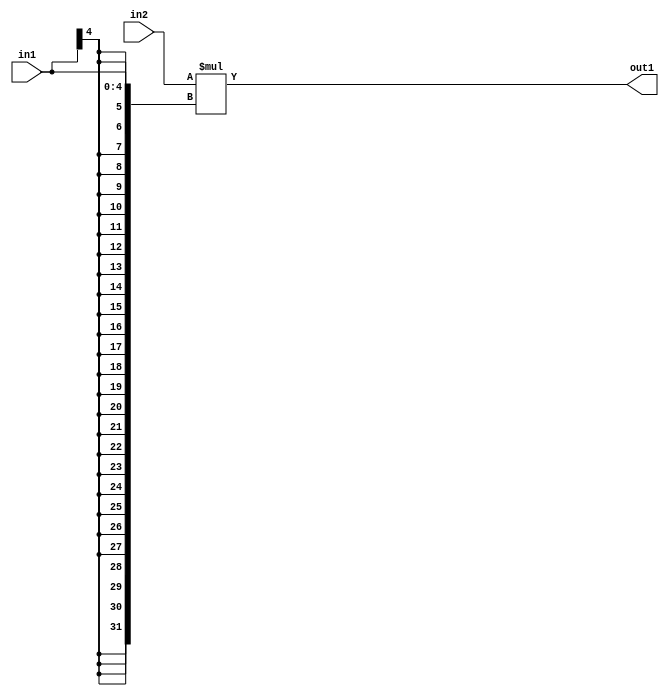
`timescale 1ps / 1ps
/*****************************************************************************
    Verilog RTL Description
    
    
    Created by: Stratus DpOpt 21.05.01 
*******************************************************************************/

module SobelFilter_Mul_32Sx5S_32S_1 (
	in2,
	in1,
	out1
	); /* architecture "behavioural" */ 
input [31:0] in2;
input [4:0] in1;
output [31:0] out1;
wire [31:0] asc001;

assign asc001 = 
	+(in2 * {{27{in1[4]}}, in1});

assign out1 = asc001;
endmodule

/* CADENCE  ubPwQwA= : u9/ySxbfrwZIxEzHVQQV8Q== ** DO NOT EDIT THIS LINE ******/